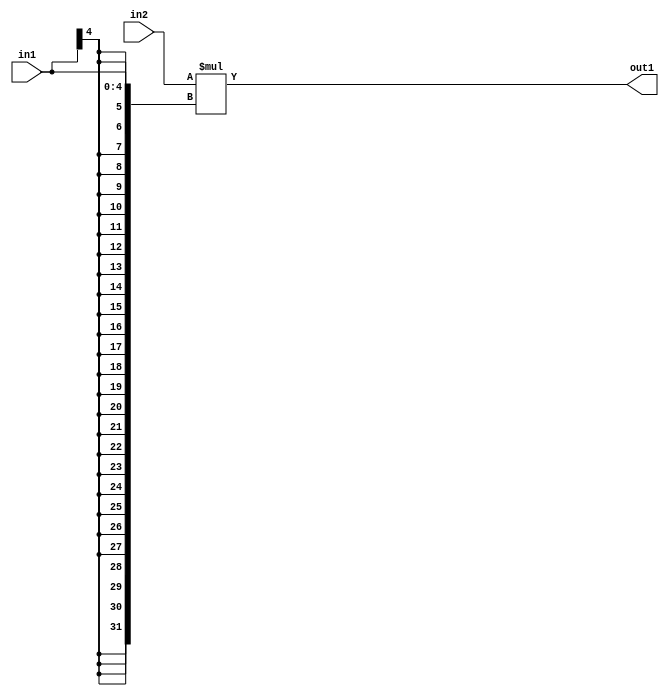
`timescale 1ps / 1ps
/*****************************************************************************
    Verilog RTL Description
    
    
    Created by: Stratus DpOpt 21.05.01 
*******************************************************************************/

module SobelFilter_Mul_32Sx5S_32S_1 (
	in2,
	in1,
	out1
	); /* architecture "behavioural" */ 
input [31:0] in2;
input [4:0] in1;
output [31:0] out1;
wire [31:0] asc001;

assign asc001 = 
	+(in2 * {{27{in1[4]}}, in1});

assign out1 = asc001;
endmodule

/* CADENCE  ubPwQwA= : u9/ySxbfrwZIxEzHVQQV8Q== ** DO NOT EDIT THIS LINE ******/